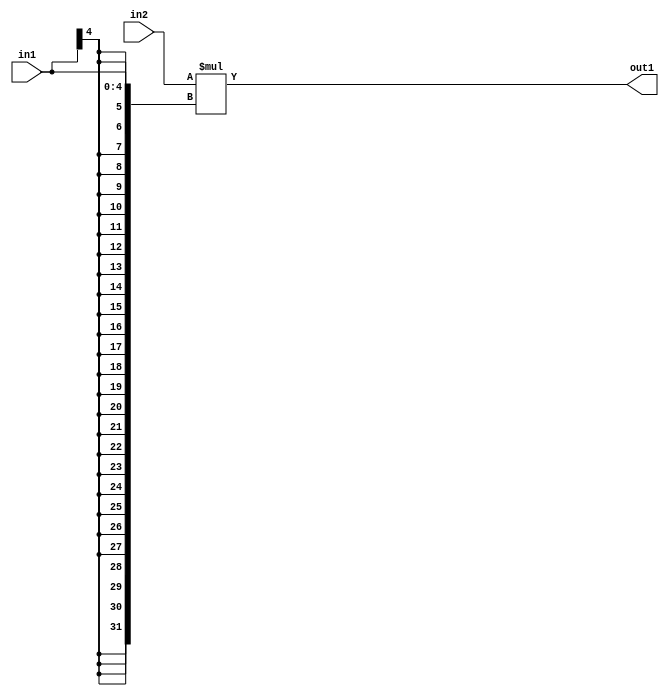
`timescale 1ps / 1ps
/*****************************************************************************
    Verilog RTL Description
    
    
    Created by: Stratus DpOpt 21.05.01 
*******************************************************************************/

module SobelFilter_Mul_32Sx5S_32S_1 (
	in2,
	in1,
	out1
	); /* architecture "behavioural" */ 
input [31:0] in2;
input [4:0] in1;
output [31:0] out1;
wire [31:0] asc001;

assign asc001 = 
	+(in2 * {{27{in1[4]}}, in1});

assign out1 = asc001;
endmodule

/* CADENCE  ubPwQwA= : u9/ySxbfrwZIxEzHVQQV8Q== ** DO NOT EDIT THIS LINE ******/